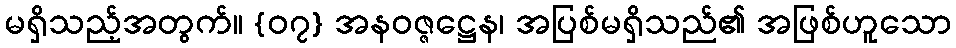
မရှိသည့်အတွက်။ {၀၇} အနဝဇ္ဇဋ္ဌေန၊ အပြစ်မရှိသည်၏ အဖြစ်ဟူသော